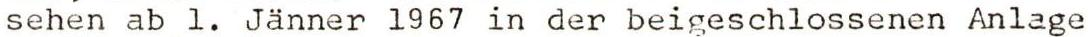
sehen ab l. Jänner l967 in der beigeschlossenen Anlage